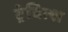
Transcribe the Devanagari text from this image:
ट्रेबित्श